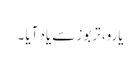
یارو، تربوز سے یاد آیا ۔